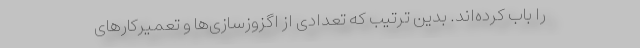
را باب کرده‌اند. بدین ترتیب که تعدادی از اگزوزسازی‌ها و تعمیرکارهای